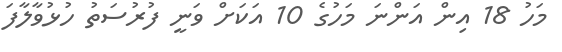
މަހު 18 އިން އަންނަ މަހުގެ 10 އަކަށް ވަނީ ފުރުސަތު ހުޅުވާލާފަ